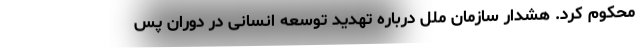
محکوم کرد. هشدار سازمان ملل درباره تهدید توسعه انسانی در دوران پس